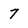
Character: 7